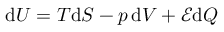
\mathrm { d } U = T \mathrm { d } S - p \, \mathrm { d } V + { \mathcal { E } } \mathrm { d } Q